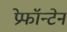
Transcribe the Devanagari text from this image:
प्रेफॉन्टेन